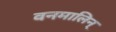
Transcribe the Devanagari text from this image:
वनमालिन्